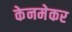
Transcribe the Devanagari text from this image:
केनमेकर